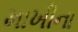
માખીના